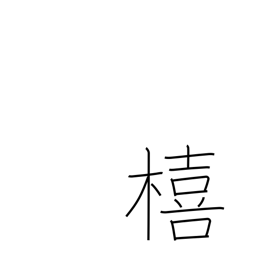
Meaning: Japanese storax